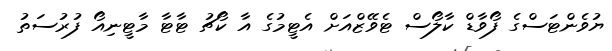
ޔުވެންޓަސްގެ ފޯވާޑް ކާލޯސް ޓެވޭޒްއަށް އެޓީމުގެ އާ ކޯޗު ޓާޓާ މާޓީނިއޯ ފުރުސަތު